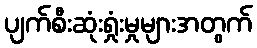
ပျက်စီးဆုံးရှုံးမှုများအတွက်